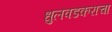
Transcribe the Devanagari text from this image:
धुलवडकराचा